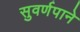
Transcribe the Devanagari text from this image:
सुवर्णपाने